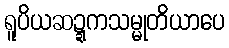
ရူပိယဆဍ္ဍကသမ္မုတိယာပေ